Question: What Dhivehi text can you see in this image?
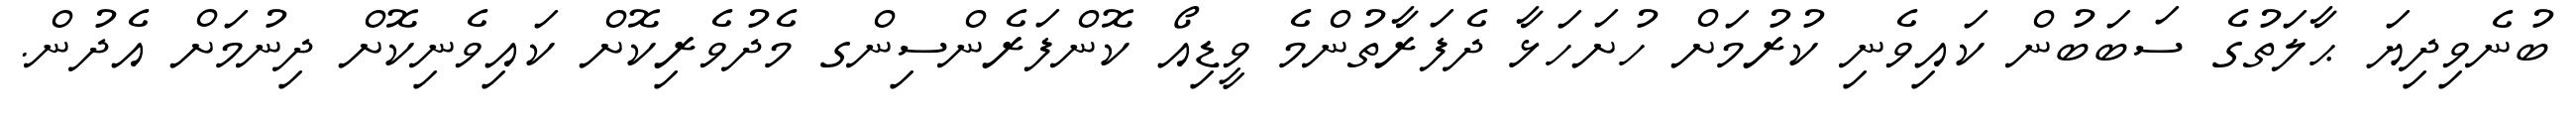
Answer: ބުނެވިދިޔަ ޙާލަތުގެ ސަބަބުން ކައިވެނި ކުރުމަށް ހުށަހަޅާ ދެފަރާތުންމެ ވީޑިއޯ ކޮންފަރެންސިންގ މެދުވެރިކޮށް ކައިވެނިކޮށް ދިނުމަށް އެދުން.